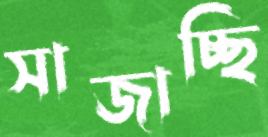
সাজাচ্ছি